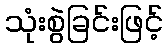
သုံးစွဲခြင်းဖြင့်